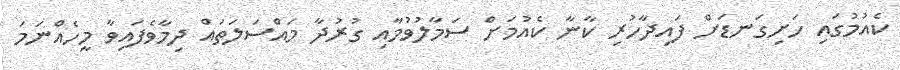
ކެއުމުގައި ހަށިގަނޑަށް ފައިދާހުރި ކާނާ ކެއުމަށް ސަމާލުވުމާއި ގުރުދާ މައްސަލަތައް ދިމާވެފައިވާ މީހެއްނަމަ